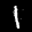
Label: 1